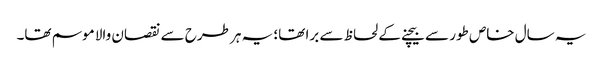
یہ سال خاص طور سے بیچنے کے لحاظ سے برا تھا؛ یہ ہر طرح سے نقصان والا موسم تھا۔